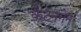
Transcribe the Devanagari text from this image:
कैटनगेन